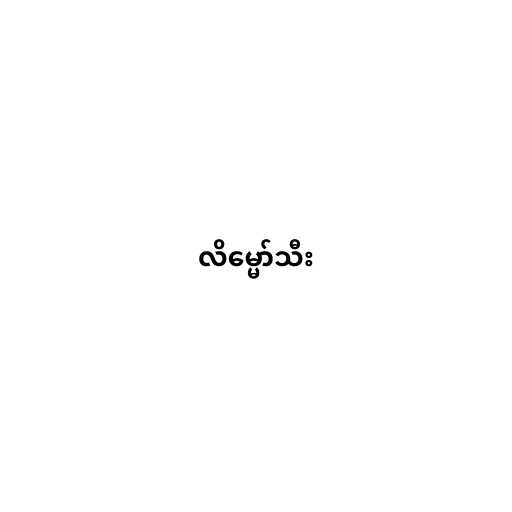
လိမ္မော်သီး